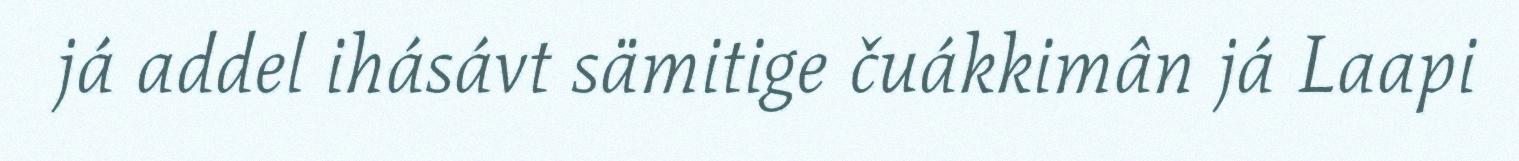
já addel ihásávt sämitige čuákkimân já Laapi